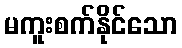
မကူးစက်နိုင်သော